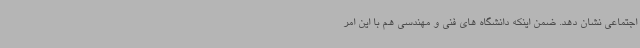
اجتماعی نشان دهد. ضمن اینکه دانشگاه های فنی و مهندسی هم با این امر